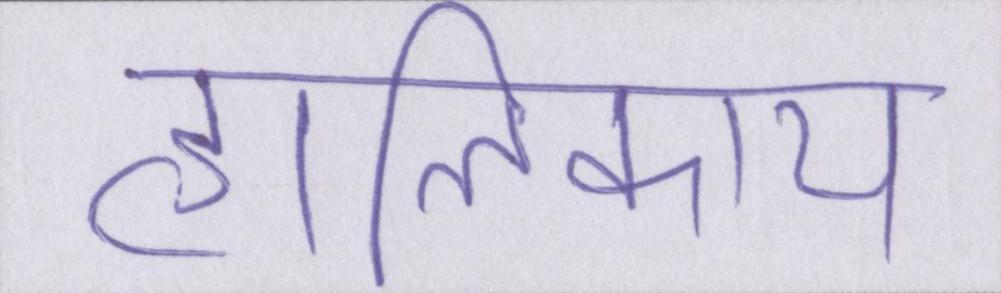
हालिकाय